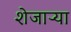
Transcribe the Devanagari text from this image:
शेजाऱ्या